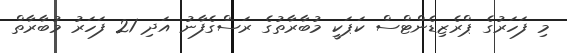
މި ފަހަރުގެ ޕްރެޒިޑެންޓްސް ކަޕަކީ މުބާރާތުގެ ރަސްގެފާނު އަދި 21 ފަހަރު މުބާރާތް